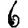
Digit: 6